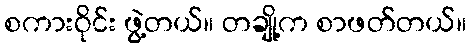
စကားဝိုင်း ဖွဲ့တယ်။ တချို့က စာဖတ်တယ်။